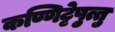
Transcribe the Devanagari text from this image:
कण्णिट्टेषु़त्तु